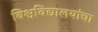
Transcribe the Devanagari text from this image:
विश्वविद्यालयांचा